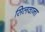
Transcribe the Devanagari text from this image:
सिलवाना